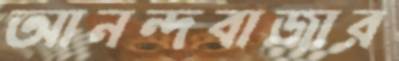
আনন্দবাজার